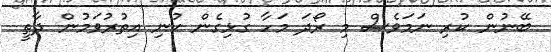
ބޭނުން ކުރި ނަމަވެސް މި ރޯދަ މަހާ ގުޅިގެން ކުނި އިތުރުވަމުން ދާތީ